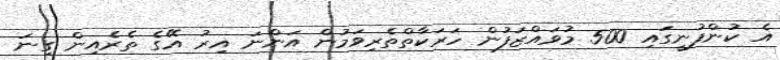
އެ ކުންފުނީގައި 500 މުވައްޒަފުން ހަރަކާތްތެރިވަމުން އަންނަ އިރު އޭގެ ތެރެއިން ގިނަ